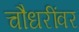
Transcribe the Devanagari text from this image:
चौधरींवर